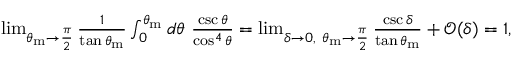
\begin{array} { r } { \operatorname* { l i m } _ { \theta _ { \mathrm { m } } \rightarrow \frac { \pi } { 2 } } \frac { 1 } { \tan \theta _ { \mathrm { m } } } \int _ { 0 } ^ { \theta _ { \mathrm { m } } } d \theta \ \frac { \csc \theta } { \cos ^ { 4 } \theta } = \operatorname* { l i m } _ { \delta \rightarrow 0 , ~ \theta _ { \mathrm { m } } \rightarrow \frac { \pi } { 2 } } \frac { \csc \delta } { \tan \theta _ { \mathrm { m } } } + \mathcal { O } ( \delta ) = 1 , } \end{array}